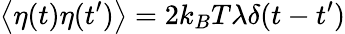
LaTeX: \left\langle\eta(t)\eta(t^{\prime})\right\rangle=2k_{B}T\lambda\delta(t-t^{\prime})